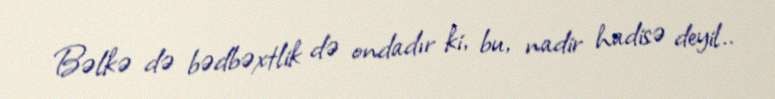
Bəlkə də bədbəxtlik də ondadır ki, bu, nadir hadisə deyil..